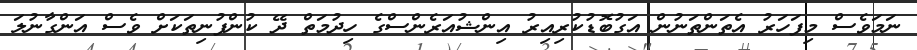
ނަމަވެސް މިފަހަރު އެތަންތަނުން އަގުބޮޑުކުރިއިރު އިންޝުއަރެންސްގެ ހިދުމަތް ދޭ ކުންފުނިތަކަށް ވެސް އަންގާނުލަ